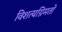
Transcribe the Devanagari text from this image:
विशत्यग्निमतो